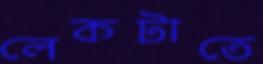
লেকটাতে